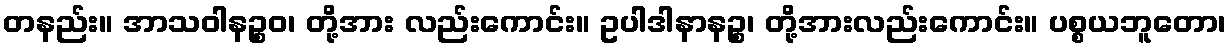
တနည်း။ အာသဝါနဉ္စဝ၊ တို့အား လည်းကောင်း။ ဥပါဒါနာနဉ္စ၊ တို့အားလည်းကောင်း။ ပစ္စယဘူတော၊